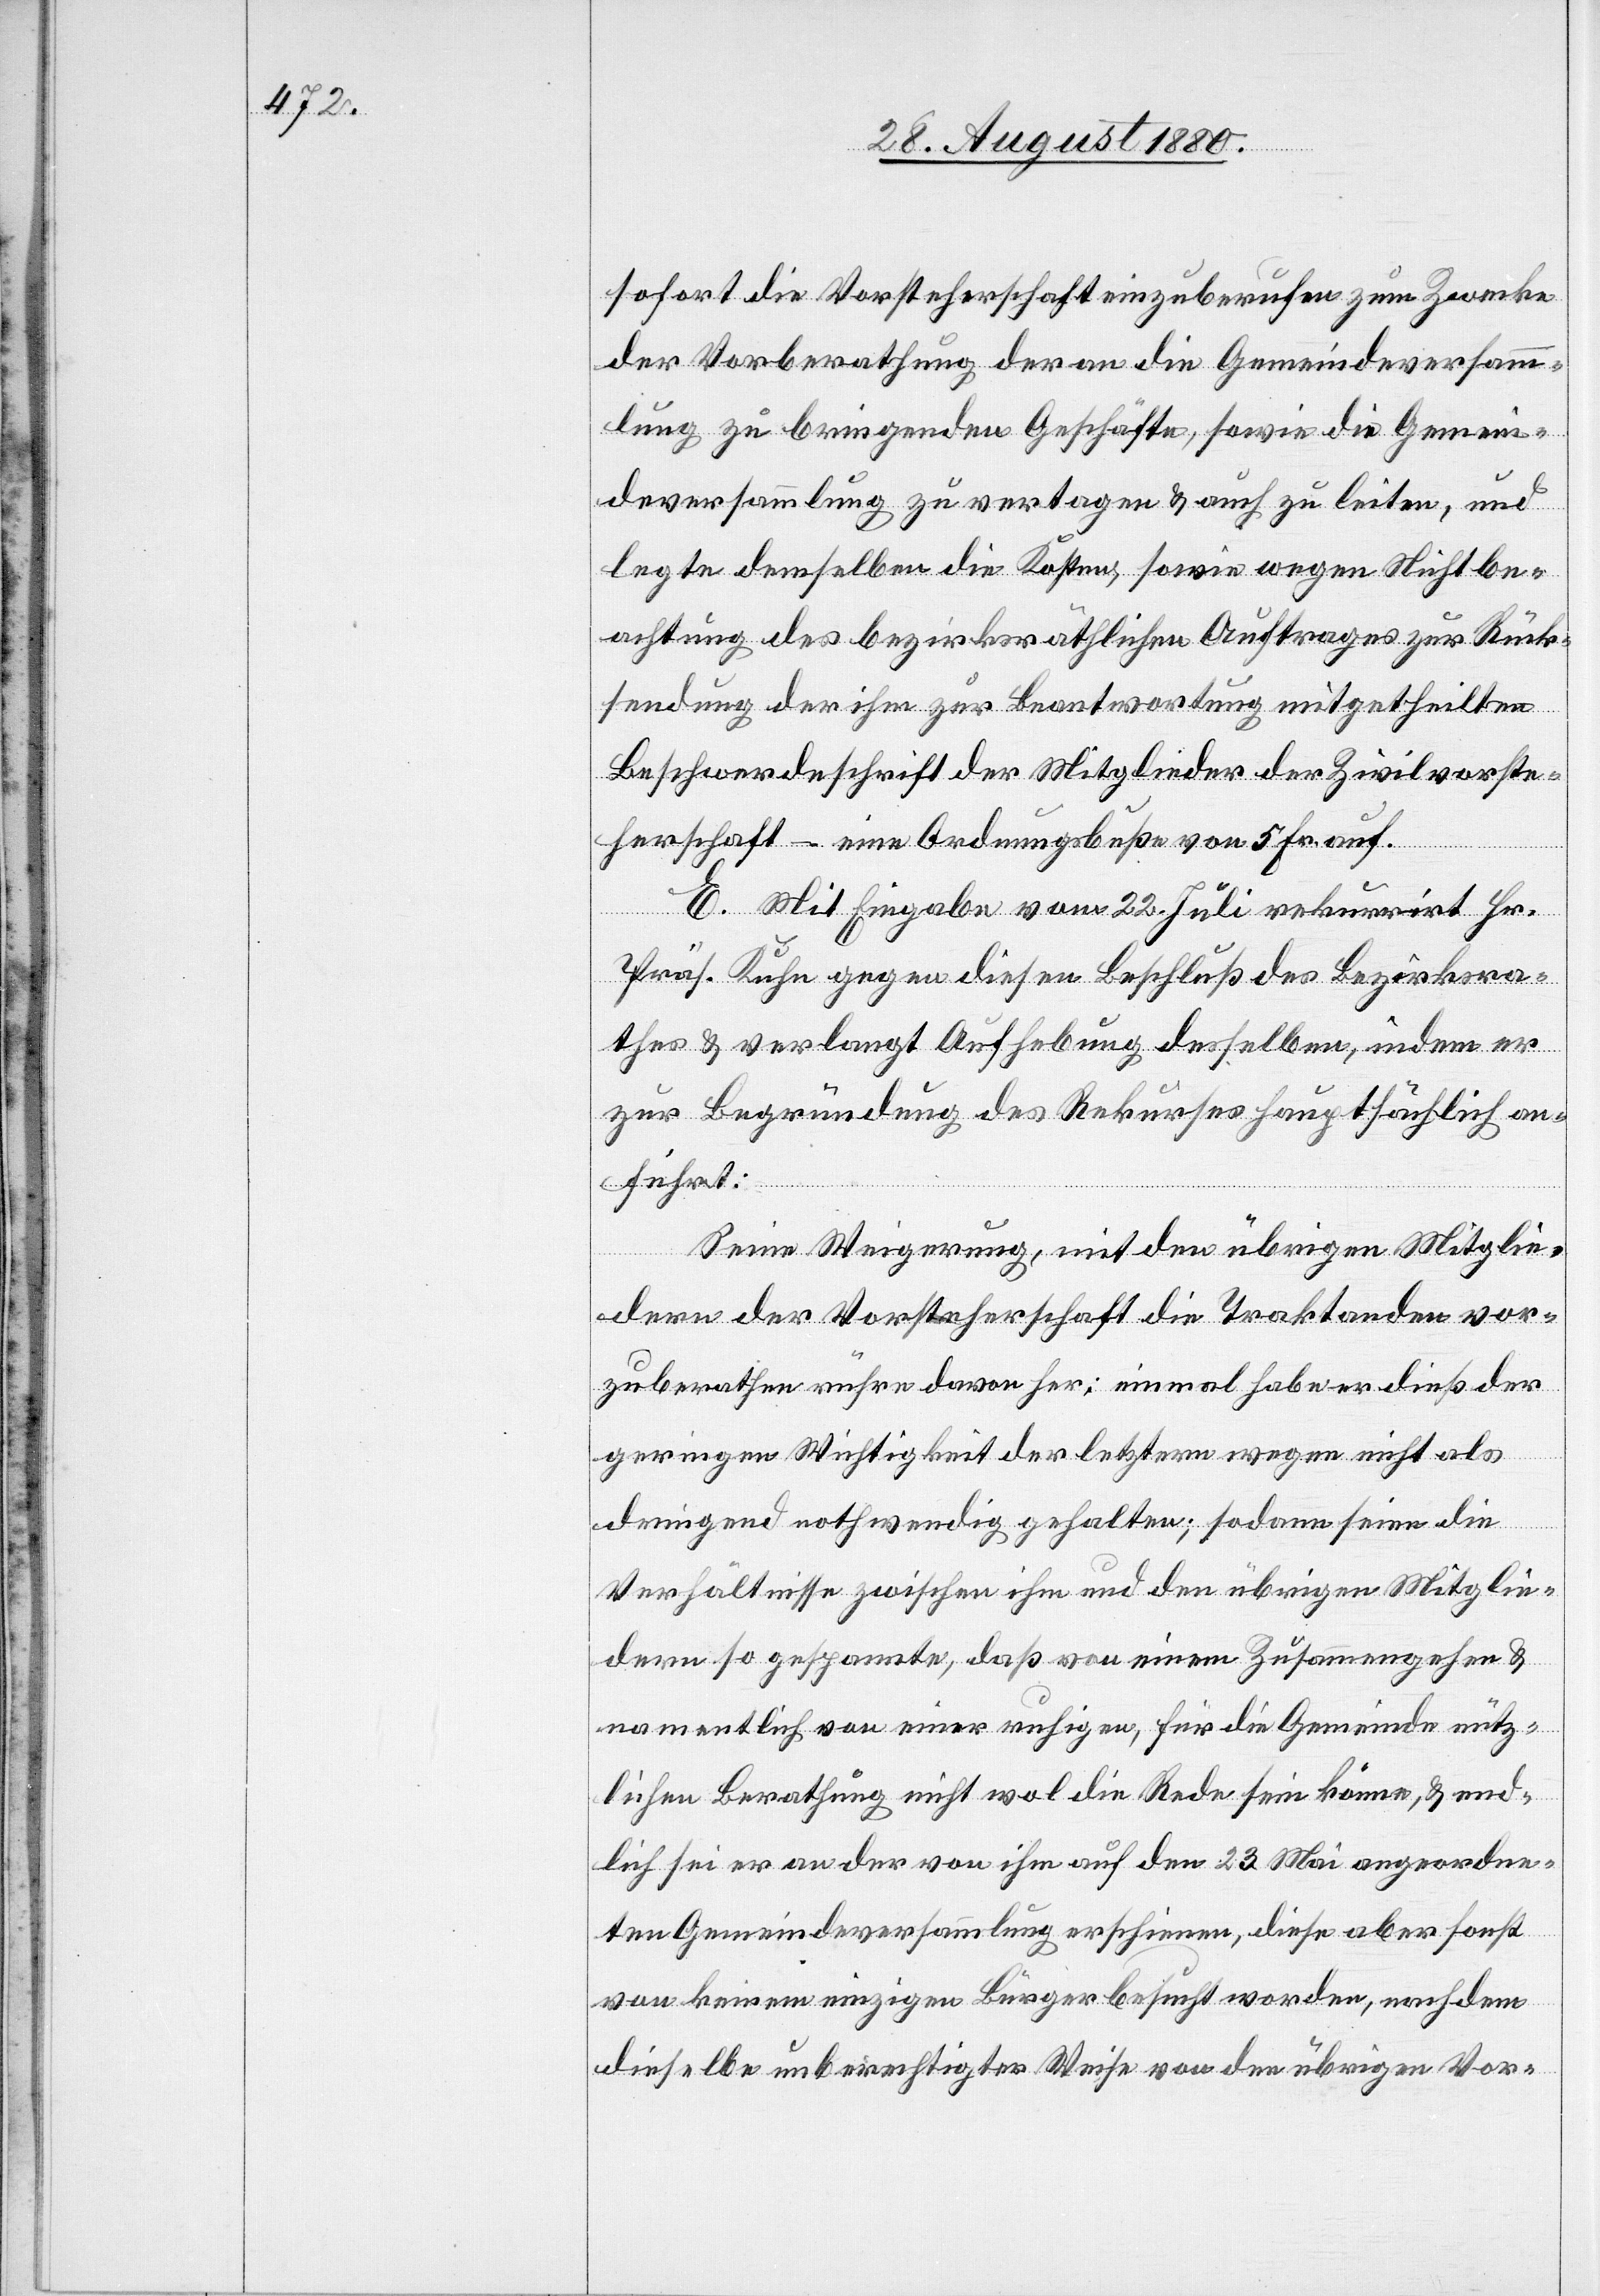
sofort die Vorsteherschaft einzuberufen zum Zwecke
der Vorberathung der an die Gemeindeversamm¬
lung zu bringenden Geschäfte, sowie die Gemein¬
deversammlung zu vertagen & auch zu leiten, und
legte demselben die Kosten, sowie wegen Nichtbe¬
achtung des bezirksräthlichen Auftrages zur Rück¬
sendung der ihm zu Beantwortung mitgetheilten
Beschwerdeschrift der Mitglieder der Zivilvorste¬
herschaft – eine Ordnungsbuße von 5 Fr. auf.
E. Mit Eingabe vom 22. Juli rekurrirt Hr.
Prof. Kuhn gegen diesen Beschluß des Bezirksra¬
thes & verlangt Aufhebung desselben, indem er
zur Begründung des Rekurses hauptsächlich an¬
führt:
Seine Weigerung, mit den übrigen Mitglie¬
dern der Vorsteherschaft die Traktanden vor¬
zuberathen rühre davon her: einmal habe er dieß der
geringen Wichtigkeit der letzteren wegen nicht als
dringend nothwendig gehalten; sodann seien die
Verhältnisse zwischen ihm und den übrigen Mitglie¬
dern so gespannte, daß von einem Zusammengehen &
namentlich von einer ruhigen, für die Gemeinde nütz¬
lichen Berathung nicht wol die Rede sein könne, & end¬
lich sei er an der von ihm auf den 23. Mai angeordne¬
ten Gemeindeversammlung erschienen, diese aber sonst
von keinem einzigen Bürgerbesucht worden, nachdem
dieselbe unberechtigter Weise von den übrigen Vor-